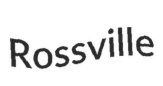
Rossville